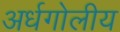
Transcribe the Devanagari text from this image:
अर्धगोलीय